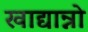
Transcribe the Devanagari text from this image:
खाद्यान्नो